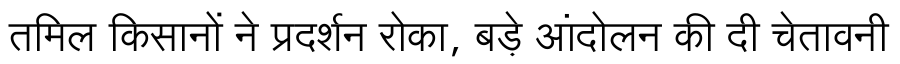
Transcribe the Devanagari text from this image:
तमिल किसानों ने प्रदर्शन रोका, बड़े आंदोलन की दी चेतावनी